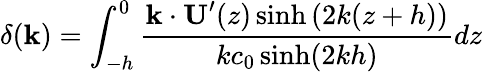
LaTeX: \delta(\mathbf{k})=\int_{-h}^{0}\frac{\mathbf{k\cdot U}^{\prime}(z)\sinh\left(2k(z+h)\right)}{kc_{0}\sinh(2kh)}dz